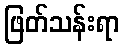
ဖြတ်သန်းရာ